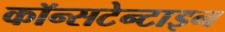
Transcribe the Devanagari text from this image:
कॉन्सटेन्टाइन